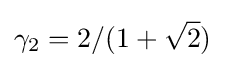
\gamma _{2}=2/(1+{\sqrt {2}})